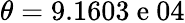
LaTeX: \theta=9.1603\mathrm{~e~}04